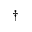
^ \dagger